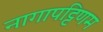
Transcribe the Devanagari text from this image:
नागापट्टिणम